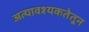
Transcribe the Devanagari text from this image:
अत्यावश्यकतेतून